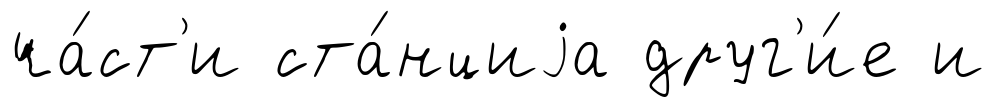
ча́ст'и ста́нциjа друг'и́е и